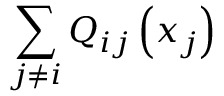
\sum _ { j \neq i } Q _ { i j } \left( x _ { j } \right)